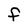
Character: f